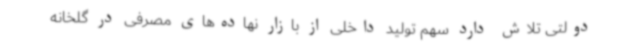
دولتی تلاش دارد سهم تولید داخلی از بازار نهاده‌های مصرفی در گلخانه